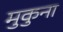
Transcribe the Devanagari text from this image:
मुकुना